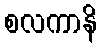
စလကာနိ